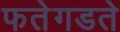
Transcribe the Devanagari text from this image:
फतेगडते